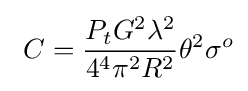
\ C={\frac {P_{t}G^{2}\lambda ^{2}}{4^{4}\pi ^{2}R^{2}}}\theta ^{2}\sigma ^{o}